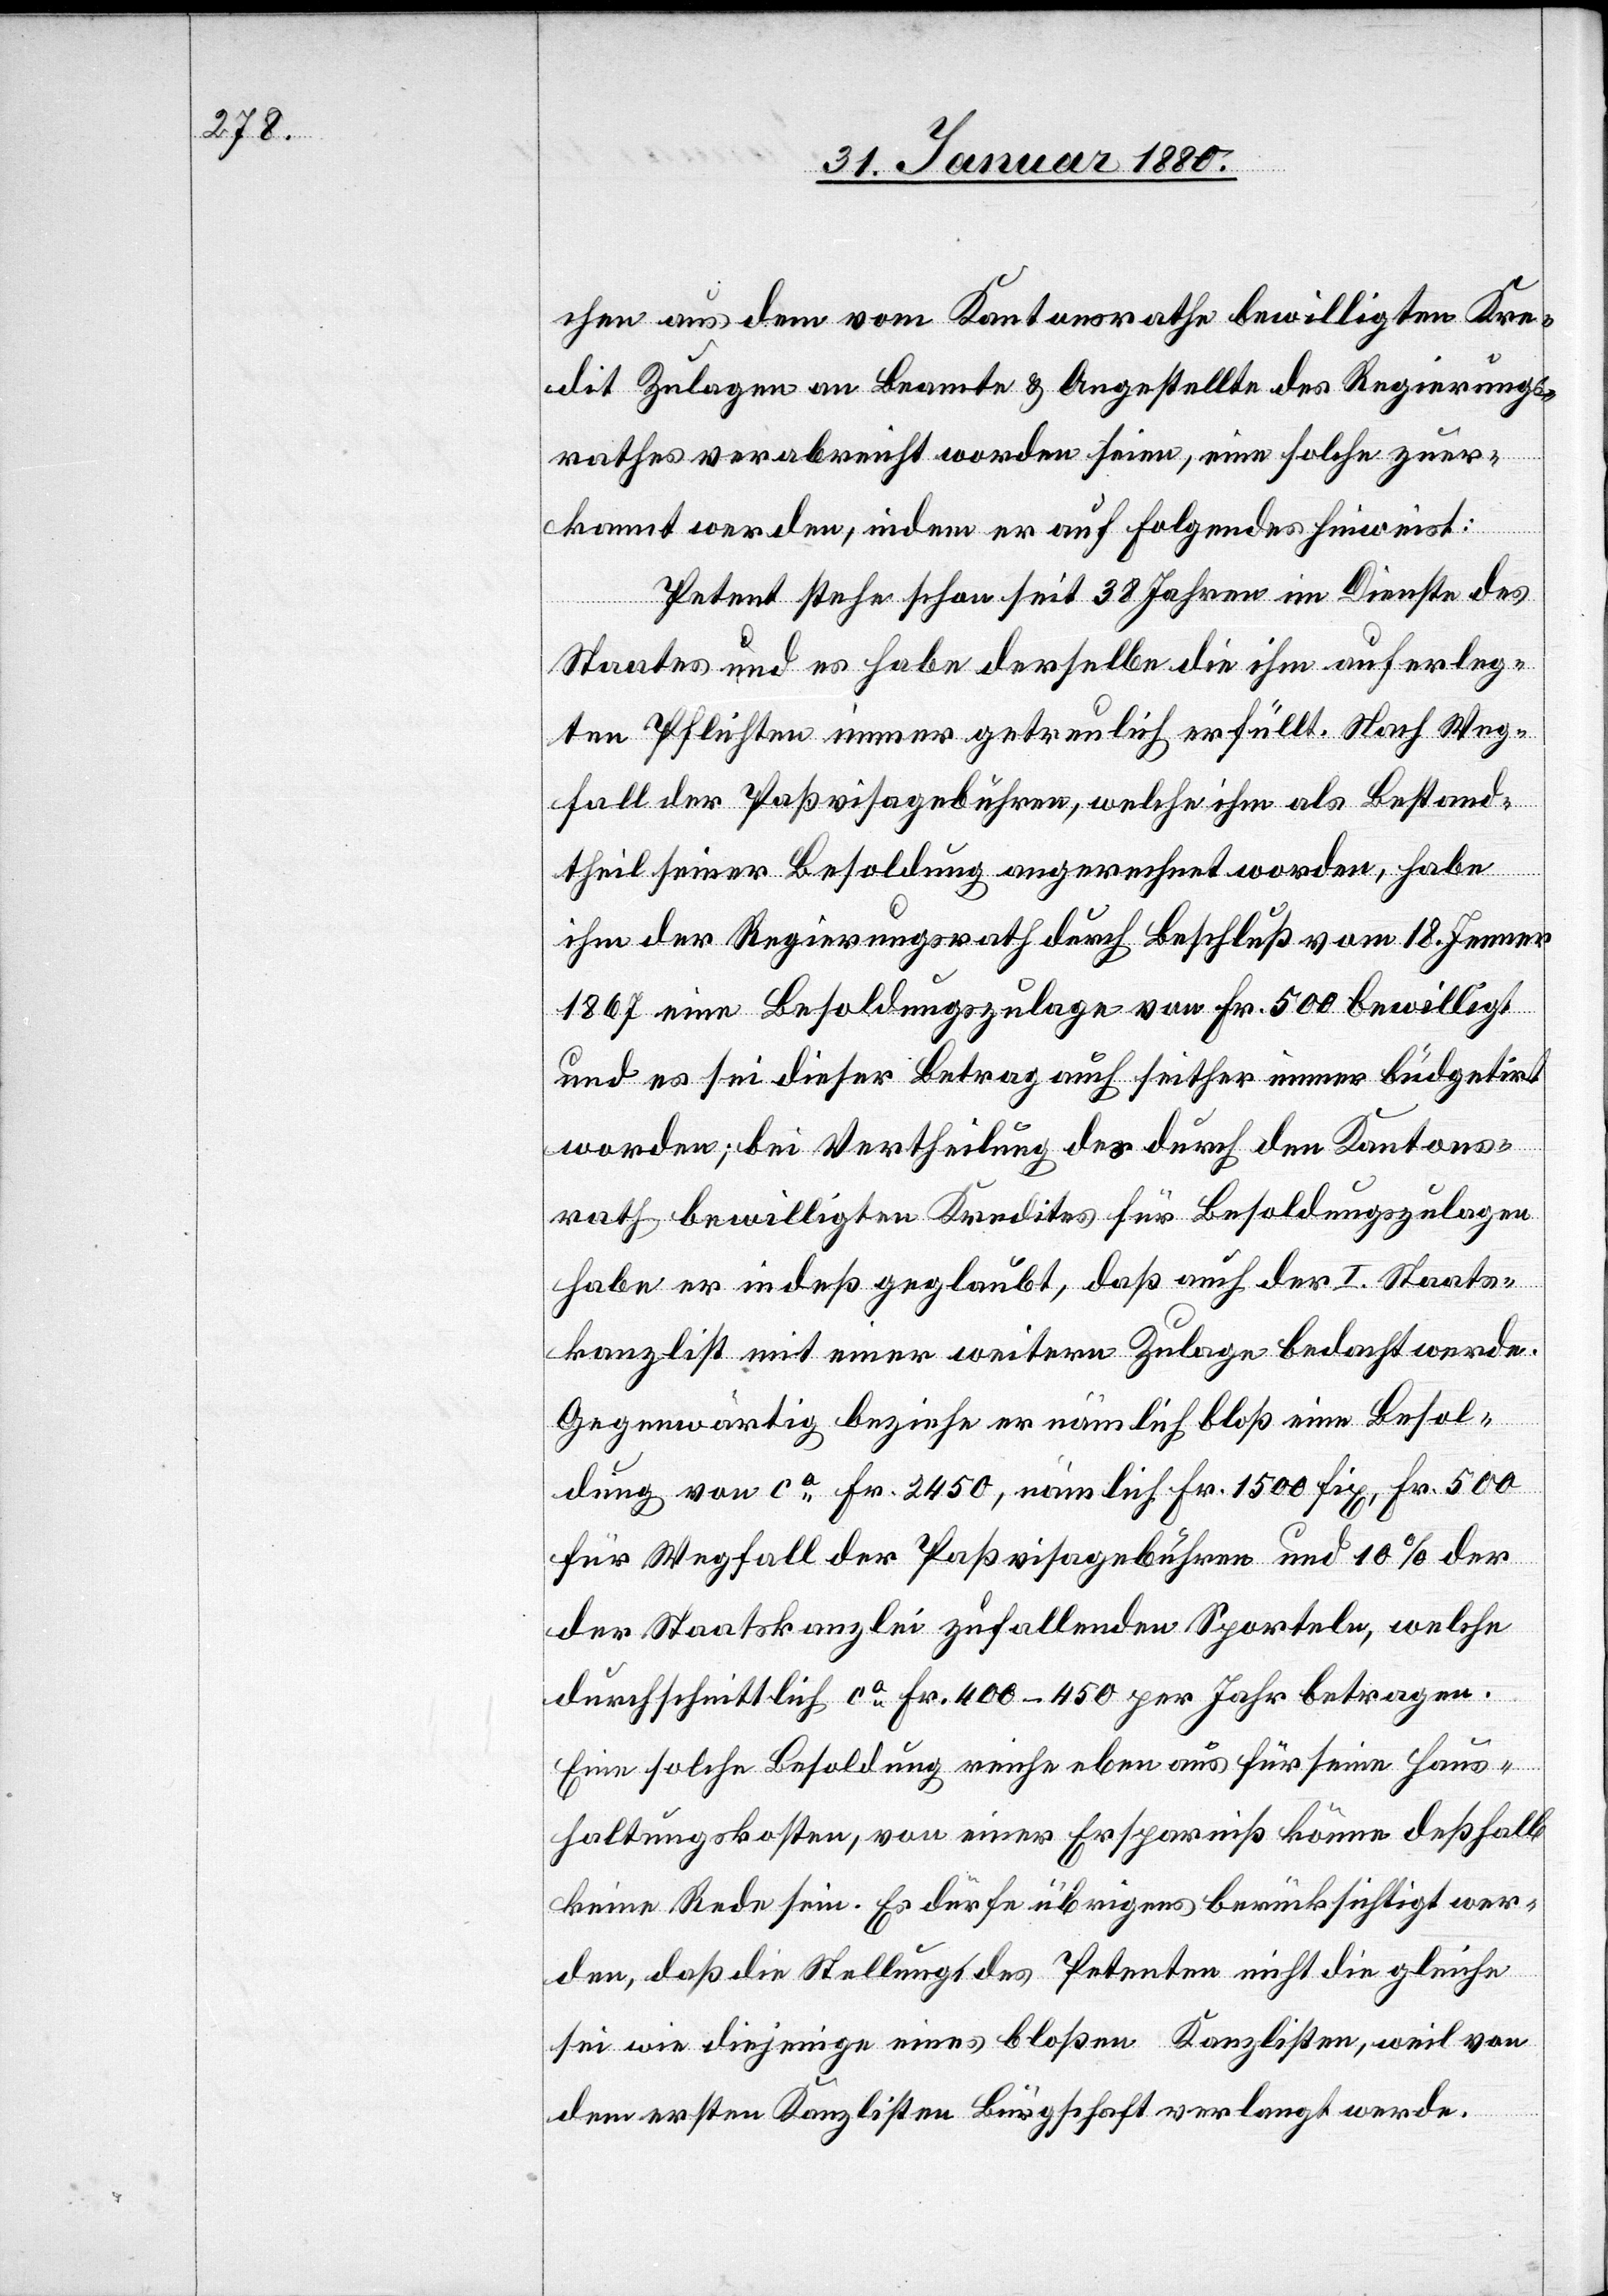
chen aus dem vom Kantonsrathe bewilligten Kre¬
dit Zulagen an Beamte & Angestellte des Regierungs¬
rathes verabreicht worden seien, eine solche zuer¬
kannt werden, indem er auf folgendes hinweist:
Petent stehe schon seit 38 Jahren im Dienste des
Staates und es habe derselbe die ihm auferleg¬
ten Pflichten immer getreulich erfüllt. Nach Weg¬
fall der Paßvisagebühren, welche ihm als Bestand¬
theil seiner Besoldung angerechnet worden, habe
ihm der Regierungsrath durch Beschluß vom 18. Jenner
1867 eine Besoldungszulage von Fr. 500 bewilligt
und es sei dieser Betrag auch seither immer büdgetirt
worden; bei Vertheilung des durch den Kantons¬
rath bewilligten Kredites für Besoldungszulagen
habe er indeß geglaubt, daß auch der I. Staats¬
kanzlist mit einer weitern Zulage bedacht werde.
Gegenwärtig beziehe er nämlich bloß eine Besol¬
dung von ca Fr. 2450, nämlich Fr. 1500 fix, Fr. 500
für Wegfall der Paßvisagebühren und 10 % der
der Staatskanzlei zufallenden Sporteln, welche
durchschnittlich ca Fr. 400–450 per Jahr betragen.
Eine solche Besoldung reiche eben aus für seine Haus¬
haltungskosten, von einer Ersparniß könne deßhalb
keine Rede sein. Es dürfe übrigens berücksichtigt wer¬
den, daß die Stellung des Petenten nicht die gleiche
sei wie diejenige eines bloßen Kanzlisten, weil von
dem ersten Kanzlisten Bürgschaft verlangt werde.